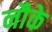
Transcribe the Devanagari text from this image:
नौके